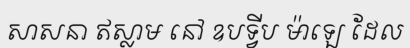
សាសនា ឥស្លាម នៅ ឧបទ្វីប ម៉ាឡេ ដែល